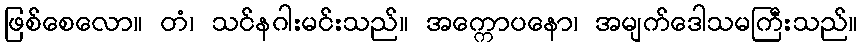
ဖြစ်စေလော။ တံ၊ သင်နဂါးမင်းသည်။ အက္ကောပနော၊ အမျက်ဒေါသမကြီးသည်။